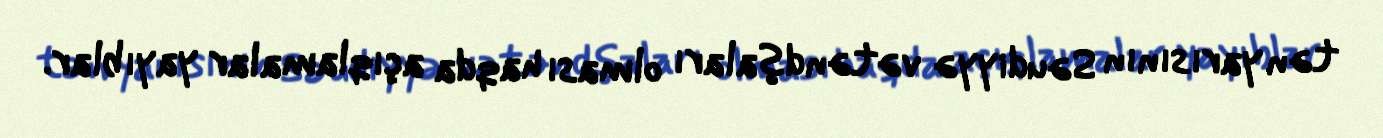
tən yarısının Səudiyyə vətəndşaları olması haqda açıqlamalar yayıblar.